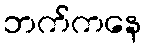
ဘက်ကနေ